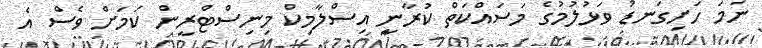
ނަމަ ހަށިގަނޑު ވަޅުލުމުގެ މަސައްކަތް ކުރާނީ އިސްލާމިކް މިނިސްޓްރީން ކަމަށް ވެސް އެ